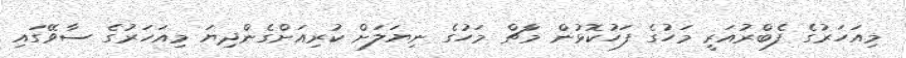
މިއަހަރުގެ ފެބްރުއަރީ މަހުގެ ފަހުކޮޅުން މާޗް މަހުގެ ނިޔަލަށް ކުރިއަށްގެންދިޔަ މިއަހަރުގެ ސާވޭގައި